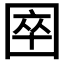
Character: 𡇻